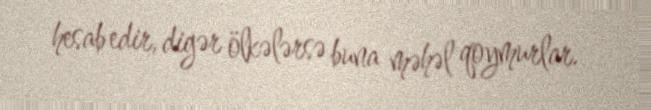
hesab edir, digər ölkələrsə buna məhəl qoymurlar.